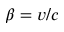
\beta = v / c